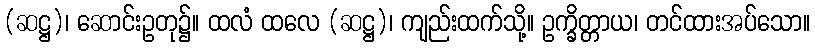
(ဆဋ္ဌ)၊ ဆောင်းဥတု၌။ ထလံ ထလေ (ဆဋ္ဌ)၊ ကျည်းထက်သို့။ ဥက္ခိတ္တာယ၊ တင်ထားအပ်သော။